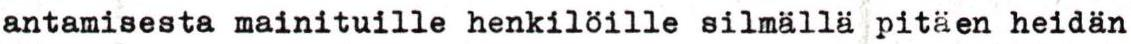
antamisesta mainituille henkilöille silmällä pitäen heidän